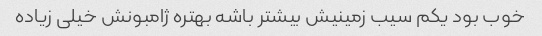
خوب بود یکم سیب زمینیش بیشتر باشه بهتره ژامبونش خیلی زیاده